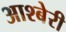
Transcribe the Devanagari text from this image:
आश्बेरी